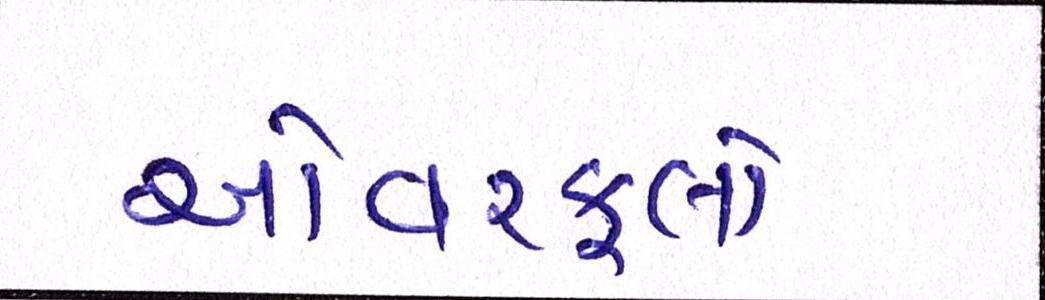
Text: ઓવરફ્લો